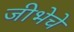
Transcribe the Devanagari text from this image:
जीभेचे